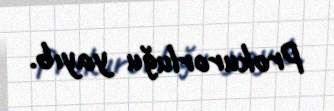
Prokurorluğu yayıb.